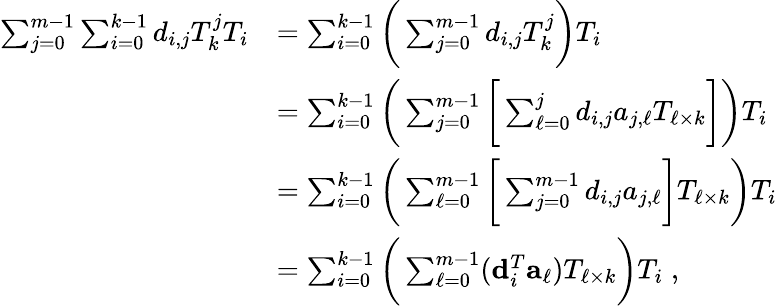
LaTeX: \begin{array}{rl}{\sum_{j=0}^{m-1}\sum_{i=0}^{k-1}d_{i,j}T_{k}^{j}T_{i}}&{=\sum_{i=0}^{k-1}\bigg(\sum_{j=0}^{m-1}d_{i,j}T_{k}^{j}\bigg)T_{i}}\\ &{=\sum_{i=0}^{k-1}\bigg(\sum_{j=0}^{m-1}\bigg[\sum_{\ell=0}^{j}d_{i,j}a_{j,\ell}T_{\ell\times k}\bigg]\bigg)T_{i}}\\ &{=\sum_{i=0}^{k-1}\bigg(\sum_{\ell=0}^{m-1}\bigg[\sum_{j=0}^{m-1}d_{i,j}a_{j,\ell}\bigg]T_{\ell\times k}\bigg)T_{i}}\\ &{=\sum_{i=0}^{k-1}\bigg(\sum_{\ell=0}^{m-1}({\mathbf d}_{i}^{T}{\mathbf a}_{\ell})T_{\ell\times k}\bigg)T_{i}\; ,}\end{array}